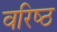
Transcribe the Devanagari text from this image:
वरिष्‍ठ